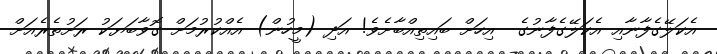
އެކަލޭގެފާނާއި އެކަލޭގެފާނުގެ  އިހަށް ބައިތިއްބާށެވެ! އަދި (މީހުން) އެއްކުރުމަށް ގޮވާބަޔަކު ރަށުތެރެއަށް